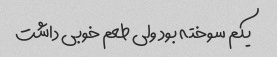
یکم سوخته بود ولی طعم خوبی داشت